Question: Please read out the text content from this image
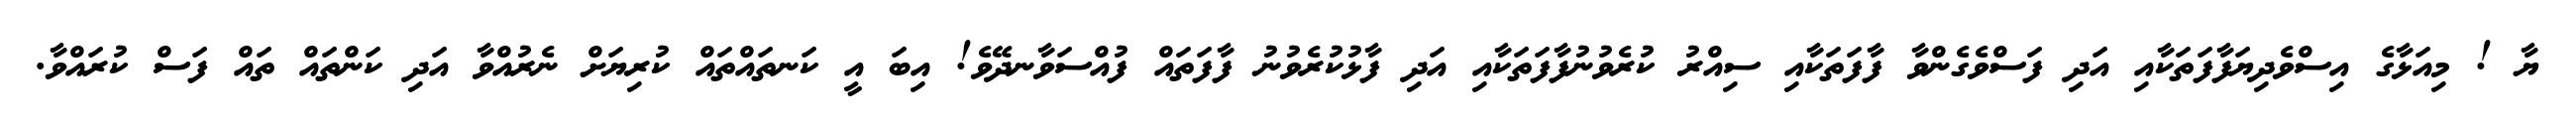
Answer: ޔާ ! މިއަޅާގެ އިސްވެދިޔަފާފަތަކާއި އަދި ފަސްވެގެންވާ ފާފަތަކާއި ސިއްރު ކުރެވުނުފާފަތަކާއި އަދި ފާޅުކުރެވުނު ފާފަތައް ފުއްސަވާނދޭވެ! އިބަ އީ ކަނތައްތައް ކުރިޔަށް ނެރުއްވާ އަދި ކަންތައް ތައް ފަސް ކުރައްވާ.